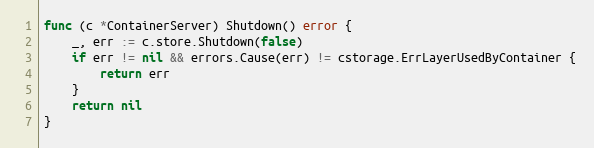
Language: Go
func (c *ContainerServer) Shutdown() error {
	_, err := c.store.Shutdown(false)
	if err != nil && errors.Cause(err) != cstorage.ErrLayerUsedByContainer {
		return err
	}
	return nil
}